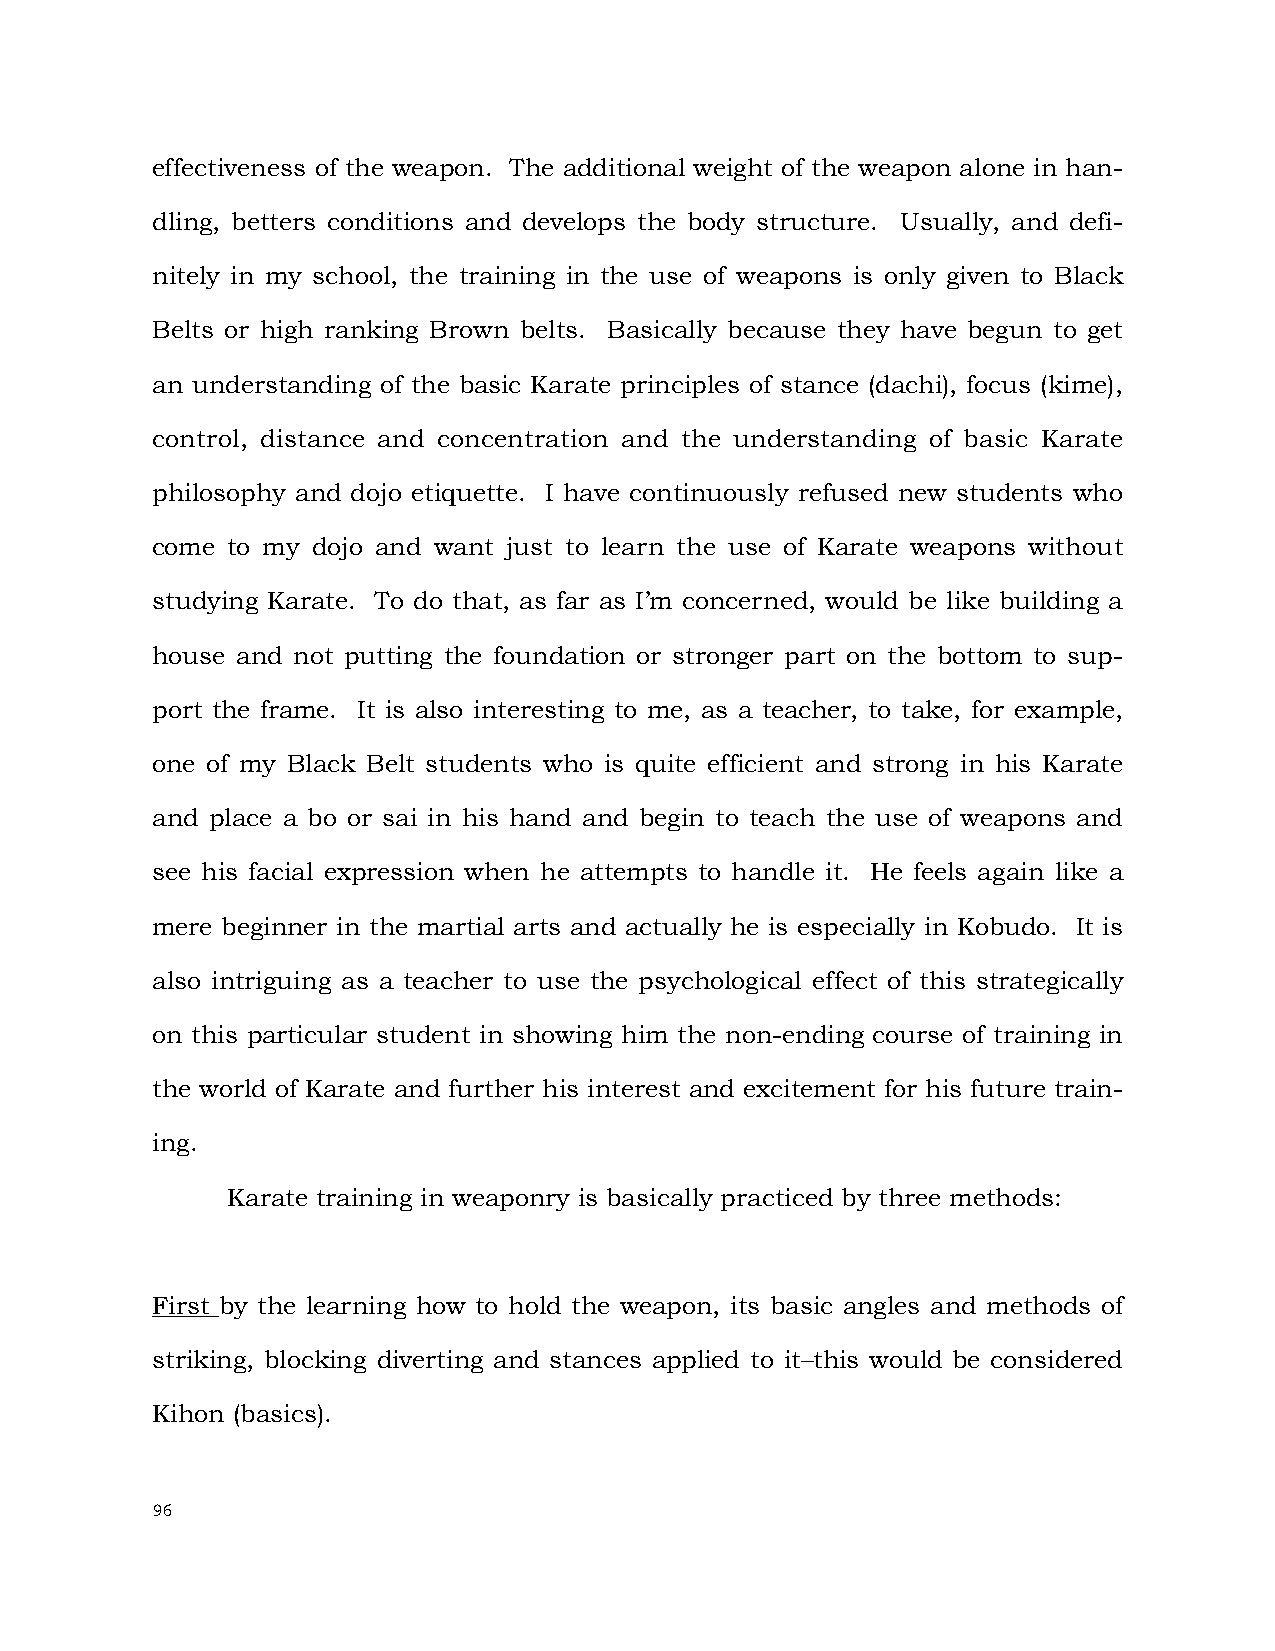
effectiveness of the weapon. The additional weight of the weapon alone in han-
 dling, betters conditions and develops the body structure. Usually, and defi-
 nitely in my school, the training in the use of weapons is only given to Black
 Belts or high ranking Brown belts. Basically because they have begun to get
 an understanding of the basic Karate principles of stance (dachi), focus (kime),
 control, distance and concentration and the understanding of basic Karate
 philosophy and dojo etiquette. I have continuously refused new students who
 come to my dojo and want just to learn the use of Karate weapons without
 studying Karate. To do that, as far as I’m concerned, would be like building a
 house and not putting the foundation or stronger part on the bottom to sup-
 port the frame. It is also interesting to me, as a teacher, to take, for example,
 one of my Black Belt students who is quite efficient and strong in his Karate
 and place a bo or sai in his hand and begin to teach the use of weapons and
 see his facial expression when he attempts to handle it. He feels again like a
 mere beginner in the martial arts and actually he is especially in Kobudo. It is
 also intriguing as a teacher to use the psychological effect of this strategically
 on this particular student in showing him the non-ending course of training in
 the world of Karate and further his interest and excitement for his future train-
 ing.
 Karate training in weaponry is basically practiced by three methods:
 First by the learning how to hold the weapon, its basic angles and methods of
 striking, blocking diverting and stances applied to it–this would be considered
 Kihon (basics).
 96